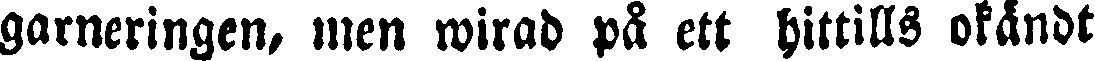
garneringen, men wirad på ett hittills okändt